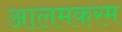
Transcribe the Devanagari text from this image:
आलमकरम